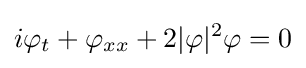
i\varphi _{t}+\varphi _{xx}+2|\varphi |^{2}\varphi =0